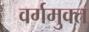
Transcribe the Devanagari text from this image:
वर्गमुक्त